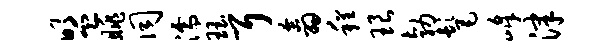
盟眺同濡珏耳翕程琅勃髦峰津